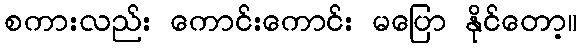
စကားလည်း ကောင်းကောင်း မပြော နိုင်တော့။